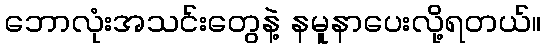
ဘောလုံးအသင်းတွေနဲ့ နမူနာပေးလို့ရတယ်။